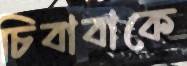
চিবাবাকে